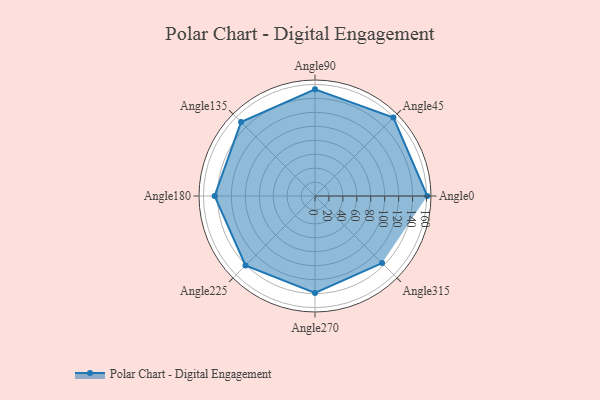
{"axis": {"x": "Angle", "y": "Radius"}, "legend": [""], "data": [{"x": "Angle0", "y": 161.0, "type": ""}, {"x": "Angle45", "y": 159.0, "type": ""}, {"x": "Angle90", "y": 153.0, "type": ""}, {"x": "Angle135", "y": 150.0, "type": ""}, {"x": "Angle180", "y": 144.0, "type": ""}, {"x": "Angle225", "y": 141.0, "type": ""}, {"x": "Angle270", "y": 139.0, "type": ""}, {"x": "Angle315", "y": 136.0, "type": ""}]}